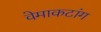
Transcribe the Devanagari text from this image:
वेमाकटांग